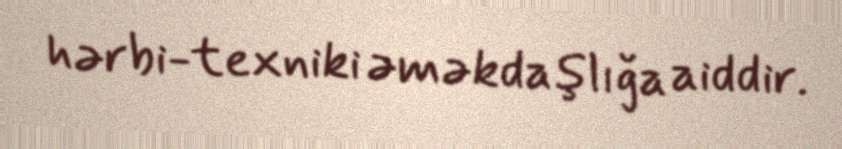
hərbi-texniki əməkdaşlığa aiddir.